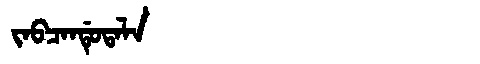
Manchu: ᠵᠠᠪᠴᠠᠨᡩᡠᡨᠠᠯᠠ
Romanization: JABCANDUTALA